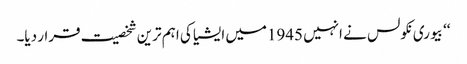
‘‘ بیوری نکولس نے انہیں 1945میں ایشیا کی اہم ترین شخصیت قرار دیا۔